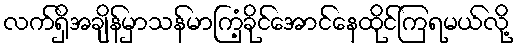
လက်ရှိအချိန်မှာသန်မာကြံ့ခိုင်အောင်နေထိုင်ကြရမယ်လို့